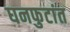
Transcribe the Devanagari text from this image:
घनफुटांत